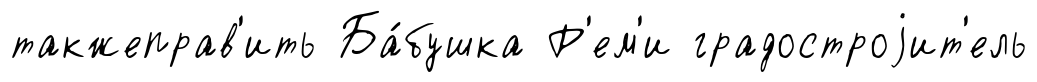
такжеправ'ить Ба́бушка Р'ем'и градостроjит'ель